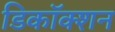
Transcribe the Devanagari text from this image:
डिकॉक्शन